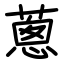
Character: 蔥